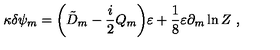
\kappa \delta \psi _ { m } = \biggl ( \tilde { D } _ { m } - { \frac { i } { 2 } } Q _ { m } \biggr ) \varepsilon + \frac { 1 } { 8 } \varepsilon \partial _ { m } \ln Z \ ,